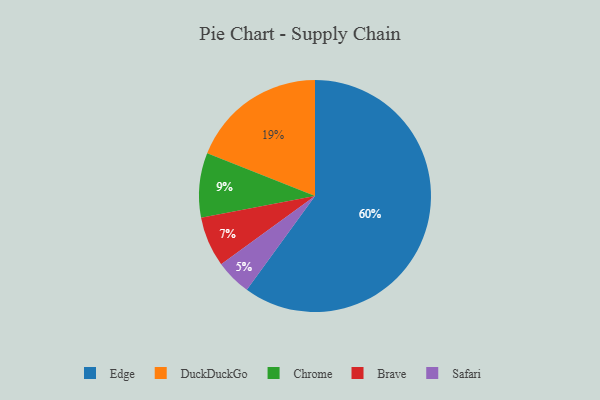
{"axis": {"x": "Category", "y": "Percentage"}, "legend": ["Brave", "Chrome", "DuckDuckGo", "Edge", "Safari"], "data": [{"x": "DuckDuckGo", "y": 19, "type": "DuckDuckGo"}, {"x": "Brave", "y": 7, "type": "Brave"}, {"x": "Chrome", "y": 9, "type": "Chrome"}, {"x": "Safari", "y": 5, "type": "Safari"}, {"x": "Edge", "y": 60, "type": "Edge"}]}